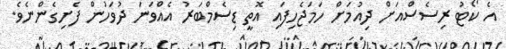
އެ ކޯޓު ރިސެސްއަށް ދިއުމަށް ހަމަޖެހިފައި އޮތީ ޑިސެމްބަރު އެއްވަނަ ދުވަހުން ފެށިގެންނެވެ.